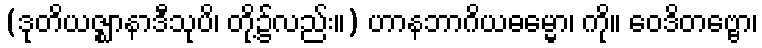
(ဒုတိယဇ္ဈာနာဒီသုပိ၊ တို့၌လည်း။) ဟာနဘာဂိယဓမ္မော၊ ကို။ ဝေဒိတဗ္ဗော၊